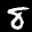
Label: 8